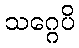
သဂ္ဂေပိ